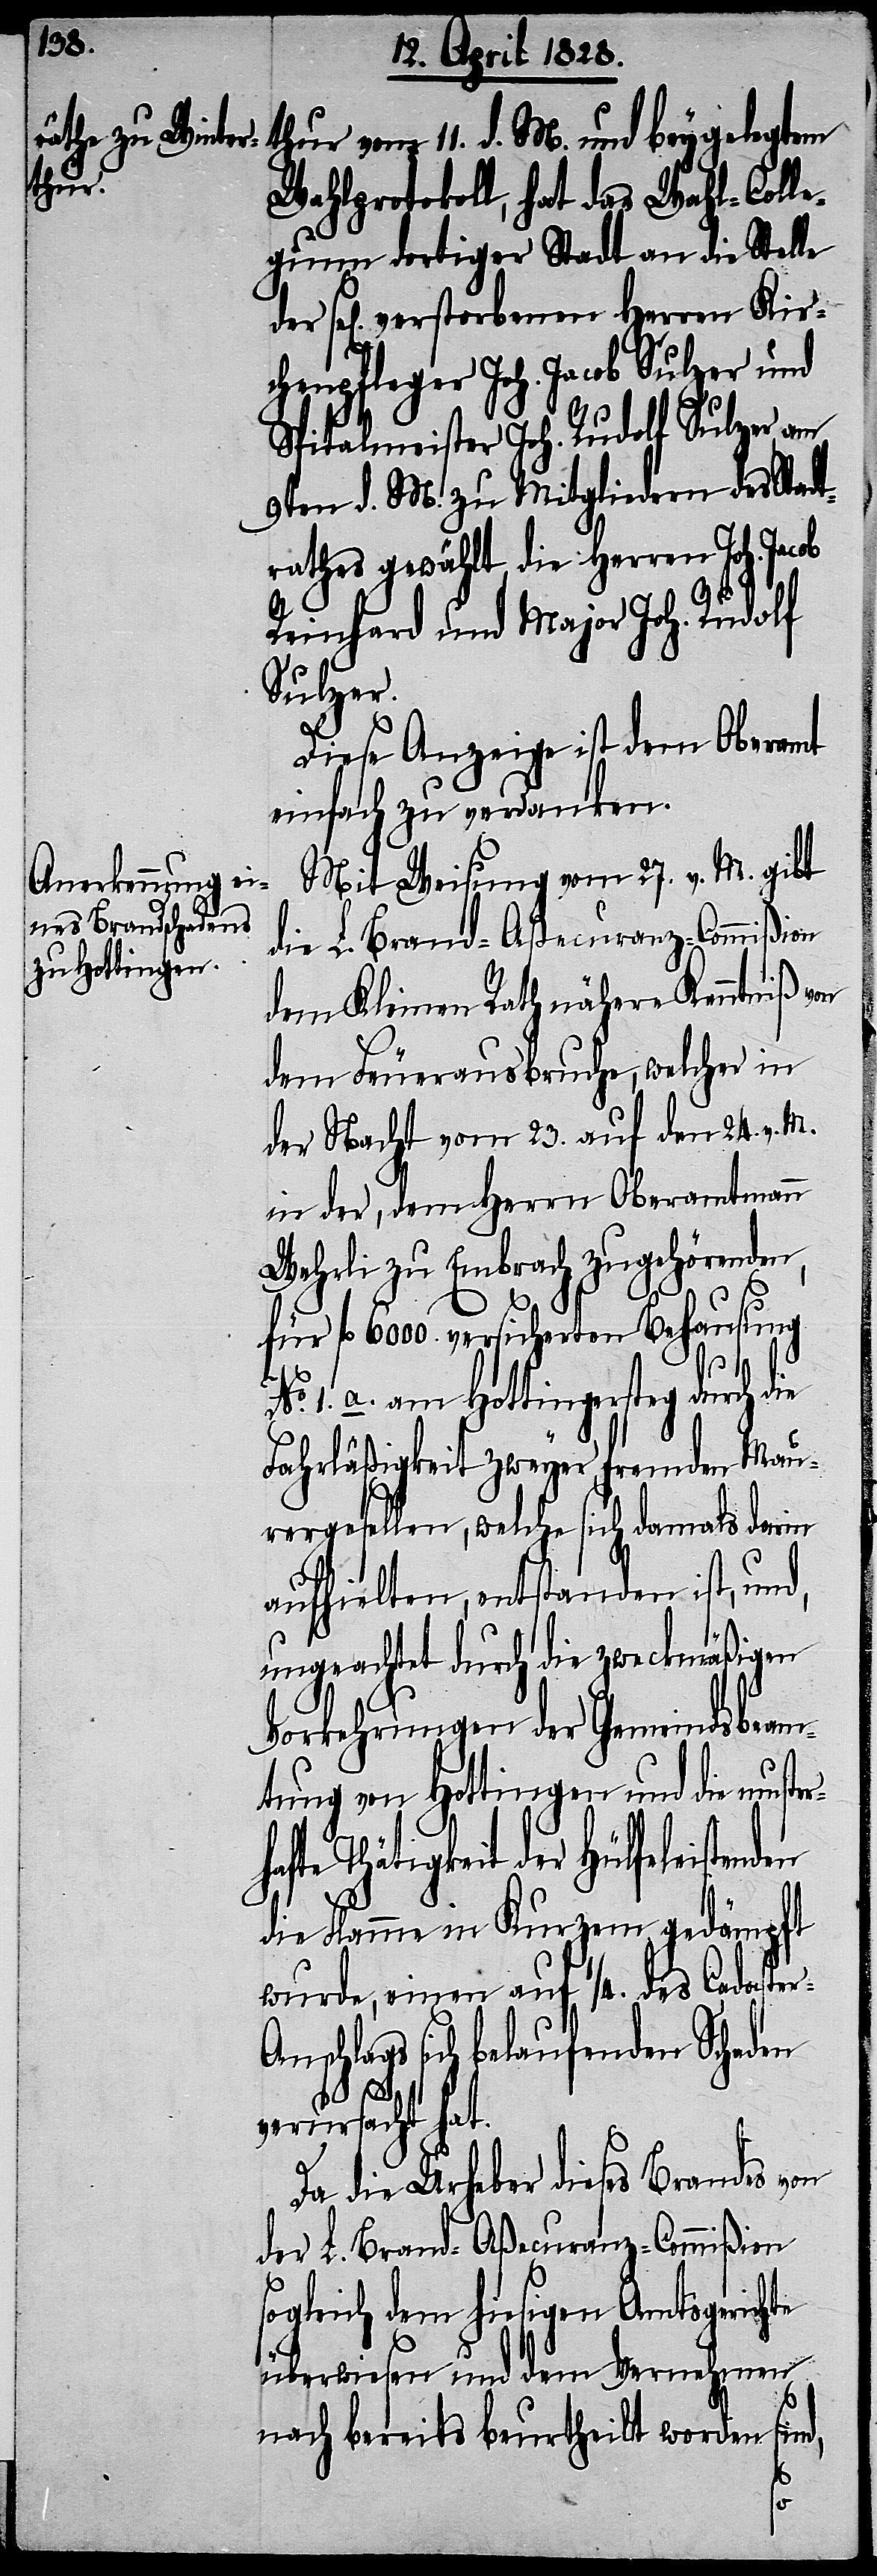
thur vom 11. d. M. und bey gelegtem
Wahlprotokoll, hat das Wahl-Coll¬
egium dortiger Stadt an die Stelle
sel[ig] verstorbenen Herren Kir¬
chenpfleger Joh. Jacob Sulzer und
Spitalmeister Joh. Rudolf Sulzer, am
9ten d. M. zu Mitgliedern des Stadt¬
rathes gewählt, die Herren Joh.
Reinhard und Major Joh. Rudolf
Sulzer.
Diese Anzeige ist dem Oberamt
einfach zu verdanken.
Mit Weisung vom 27. v. M. gibt
die L. Brand-Aßecuranz-Commißion
dem Kleinen Rath nähere Kenntniß von
dem Feuerausbruche, welcher in
der Nacht vom 23. auf den 24. v. M.
in der, dem Herrn Oberamtmann
Wehrli zu Embrach zugehörenden,
für fl. 6000. versicherten Behausung
No. 1. a. am Hottingersteg durch die
Fahrläßigkeit zweyer fremden Mau¬
rergesellen, welche sich damals darin
aufhielten, entstanden ist, und,
ungeachtet durch die zweckmäßigen
Vorkehrungen der Gemeindsbeam¬
tung von Hottingen und die muste¬
der Hülfeleistenden
die Flamme in Kurzem gedämpft
wurde, einen auf 1/4. des Cadaste¬
schlags sich belaufenden Schaden
verursacht hat.
Da die Urheber dieses Brandes von
der L. Brand-Aßecuranz-Commißion
sogleich dem hiesigen Amtsgerichte
überwiesen und dem Vernehmen
sind,
nach bereits beurtheilt worden